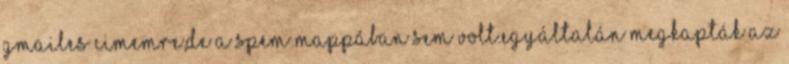
gmailes cimemre,de a spem mappában sem volt.Egyáltalán megkapták az